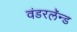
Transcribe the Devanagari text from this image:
वंडरलॅन्ड